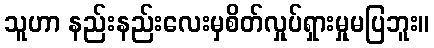
သူဟာ နည်းနည်းလေးမှစိတ်လှုပ်ရှားမှုမပြဘူး။